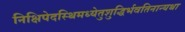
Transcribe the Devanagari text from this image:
निक्षिपेदस्थिमध्येतुशुद्धिर्भवतिनान्यथा